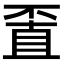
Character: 𠁆